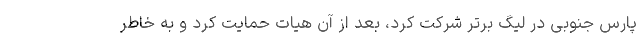
پارس جنوبی در لیگ برتر شرکت کرد، بعد از آن هیات حمایت کرد و به خاطر